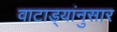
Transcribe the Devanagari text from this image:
वाटाड्यांनुसार